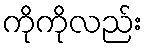
ကိုကိုလည်း